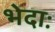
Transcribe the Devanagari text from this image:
भेदाः